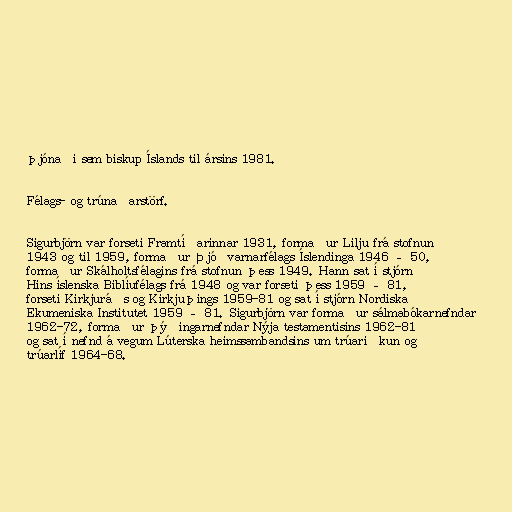
þjónaði sem biskup Íslands til ársins 1981.

Félags- og trúnaðarstörf.

Sigurbjörn var forseti Framtíðarinnar 1931, formaður Lilju frá stofnun
1943 og til 1959, formaður Þjóðvarnarfélags Íslendinga 1946 – 50,
formaður Skálholtsfélagins frá stofnun þess 1949. Hann sat í stjórn
Hins íslenska Biblíufélags frá 1948 og var forseti þess 1959 – 81,
forseti Kirkjuráðs og Kirkjuþings 1959-81 og sat í stjórn Nordiska
Ekumeniska Institutet 1959 – 81. Sigurbjörn var formaður sálmabókarnefndar
1962-72, formaður þýðingarnefndar Nýja testamentisins 1962-81
og sat í nefnd á vegum Lúterska heimssambandsins um trúariðkun og
trúarlíf 1964-68.